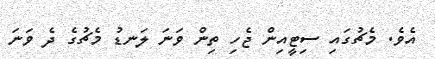
އެވެ. މެޗުގައި ސިޓީއިން ޖެހި ތިން ވަނަ ލަނޑު މެޗުގެ ދެ ވަނަ